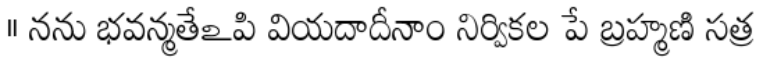
॥ నను భవన్మతేఽపి వియదాదీనాం నిర్వికల పే బ్రహ్మణి సత్ర